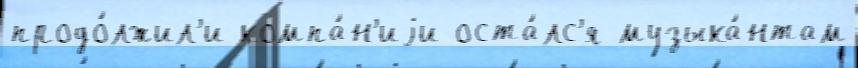
продо́лжил'и компа́н'иjи оста́лс'я музыка́нтам